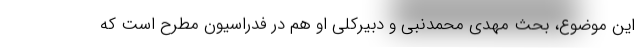
این موضوع، بحث مهدی محمدنبی و دبیرکلی او هم در فدراسیون مطرح است که